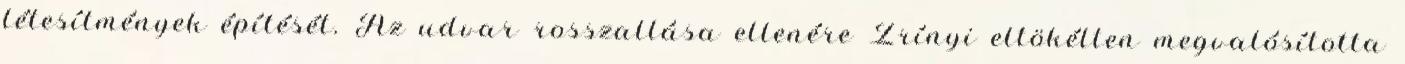
létesítmények építését. Az udvar rosszallása ellenére Zrínyi eltökélten megvalósította